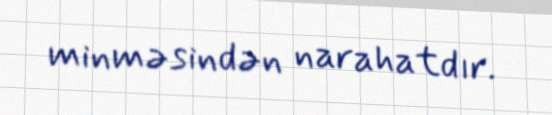
minməsindən narahatdır.